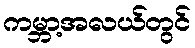
ကမ္ဘာ့အလယ်တွင်